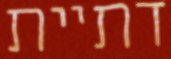
דתיית